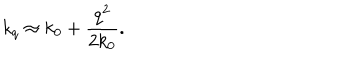
k _ { q } \approx k _ { 0 } + \frac { q ^ { 2 } } { 2 k _ { 0 } } .